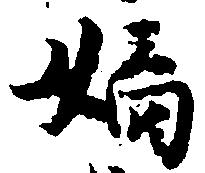
嫡